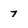
Character: 7